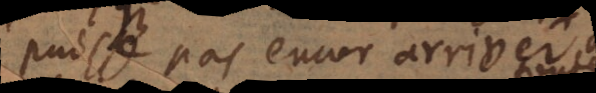
puisse pas encor arriver